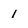
Character: 1